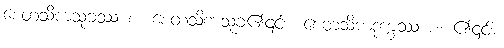
စေတသိကသုခဿ စ၊ စေတသိကသုခ၏၎င်း။ စေတသိကဒုက္ခဿ စ၊ ၏၎င်း။